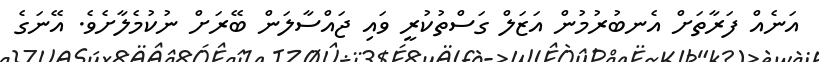
އަނެއް ފަރާތަށް އެނބުރުމުން އަޒަލް ގަސްތުކުރީ ވައި ޖައްސާލަން ބޭރަށް ނުކުމެލާށެވެ. އޭނަގެ